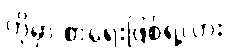
ဟိုမှာ စာရေးဖြစ်ရဲ့လား